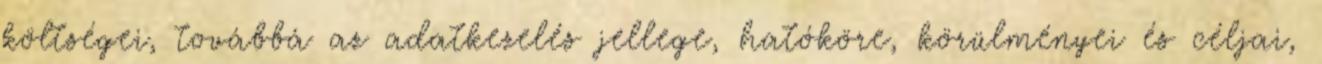
költségei, továbbá az adatkezelés jellege, hatóköre, körülményei és céljai,